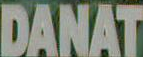
DANAT